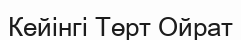
Кейінгі Төрт Ойрат